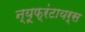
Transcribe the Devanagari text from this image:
न्यूफ्रंटायर्स